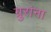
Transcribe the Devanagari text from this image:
ग्रुरांना